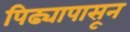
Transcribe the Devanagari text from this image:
पिढ्यापासून